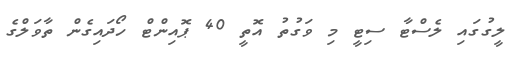
ލީގުގައި ލެސްޓާ ސިޓީ މި ވަގުތު އޮތީ 40 ޕޮއިންޓް ހޯދައިގެން ތާވަލްގެ